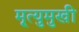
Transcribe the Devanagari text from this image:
मृ्त्युमुखी